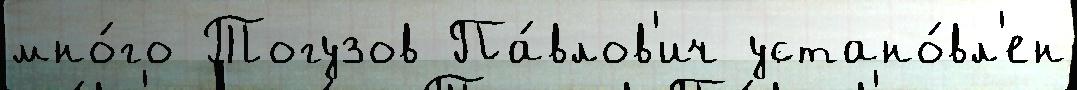
мно́го Тогузов Па́влов'ич устано́вл'ен